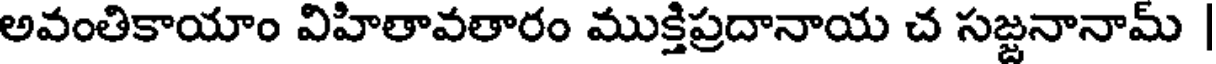
అవంతికాయాం విహితావతారం ముక్తిప్రదానాయ చ సజ్జనానామ్